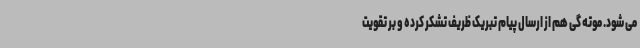
می شود. موته گی هم از ارسال پیام تبریک ظریف تشکر کرده و بر تقویت